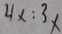
4 x : 3 x